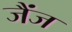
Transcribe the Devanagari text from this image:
जैंज